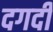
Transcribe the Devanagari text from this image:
दगदी